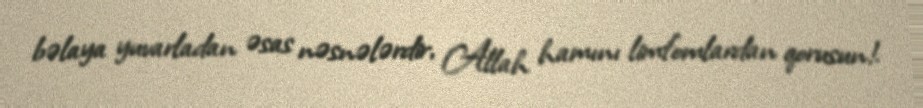
bəlaya yuvarladan əsas nəsnələrdir, Allah hamını limfomlardan qorusun!.